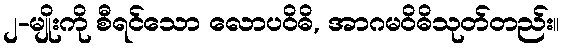
၂-မျိုးကို စီရင်သော လောပဝိဓိ, အာဂမဝိဓိသုတ်တည်း။